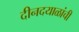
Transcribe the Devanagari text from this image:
दीनदयाळांची